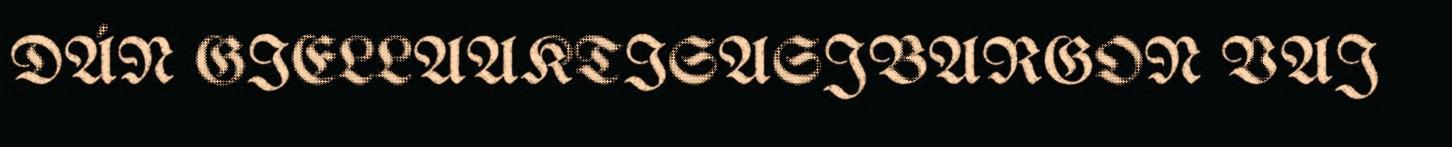
DÁN GIELLAAKTISASJBARGON VAJ